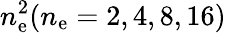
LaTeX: n_{\mathrm{e}}^{2}(n_{\mathrm{e}}=2,4,8,16)